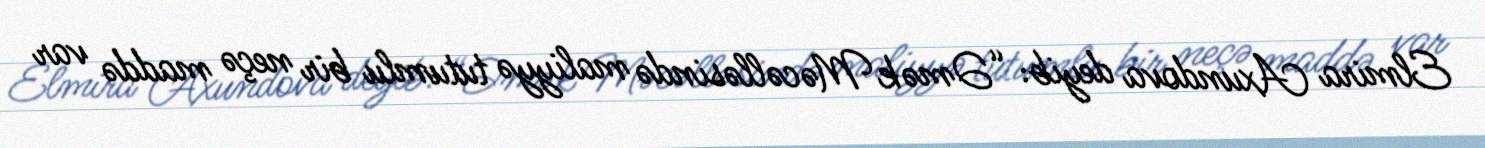
Elmira Axundova deyib: “Əmək Məcəlləsində maliyyə tutumlu bir neçə maddə var